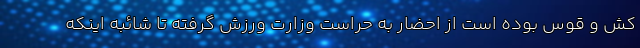
کش و قوس بوده است از احضار به حراست وزارت ورزش گرفته تا شائبه اینکه